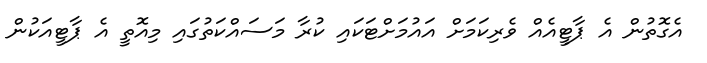
އެގޮތުން އެ ޕާޓީއެއް ވެރިކަމަށް އައުމަށްޓަކައި ކުރާ މަސައްކަތުގައި މިއޮތީ އެ ޕާޓީއަކުން